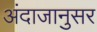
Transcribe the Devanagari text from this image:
अंदाजानुसर